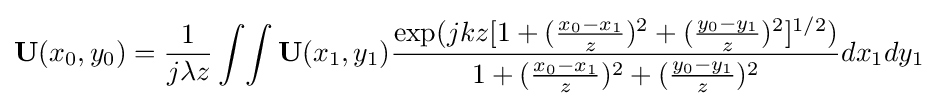
\mathbf {U} (x_{0},y_{0})={\frac {1}{j\lambda z}}\int \!\int \mathbf {U} (x_{1},y_{1}){\frac {\exp(jkz[1+({\frac {x_{0}-x_{1}}{z}})^{2}+({\frac {y_{0}-y_{1}}{z}})^{2}]^{1/2})}{1+({\frac {x_{0}-x_{1}}{z}})^{2}+({\frac {y_{0}-y_{1}}{z}})^{2}}}dx_{1}dy_{1}